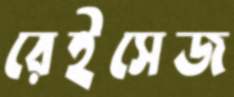
রেইসেজ